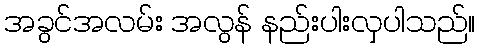
အခွင်အလမ်း အလွန် နည်းပါးလှပါသည်။